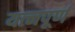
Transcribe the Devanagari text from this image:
यत्नपूर्ण